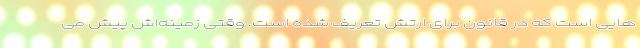
هایی است که در قانون برای ارتش تعریف شده است. وقتی زمینه‌اش پیش می